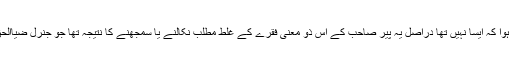
لیکن بعد میں معلوم ہوا کہ ایسا نہیں تھا دراصل یہ پیر صاحب کے اس ذو معنی فقرے کے غلط مطلب نکالنے یا سمجھنے کا نتیجہ تھا جو جنرل ضیاالحق نے سمجھ لیا تھا۔